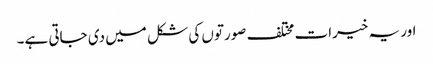
اور یہ خیرات مختلف صورتوں کی شکل میں دی جاتی ہے۔